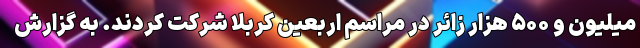
میلیون و ۵۰۰ هزار زائر در مراسم اربعین کربلا شرکت کردند. به گزارش